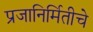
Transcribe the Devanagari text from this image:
प्रजानिर्मितीचे